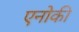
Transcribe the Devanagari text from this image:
एनोकी